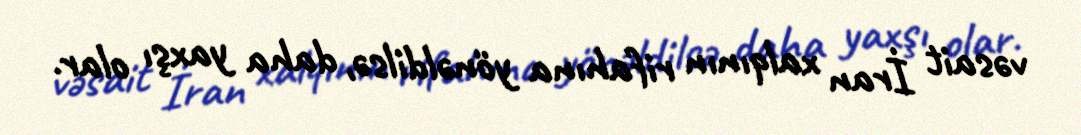
vəsait İran xalqının rifahına yönəldilsə, daha yaxşı olar.